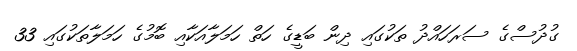
ގުދުސްގެ ސަރަހައްދު ތަކުގައި ދިން ބަޑީގެ ހަތް ހަމަލާއަކާއި ބޮމުގެ ހަމަލާތަކުގައި 33